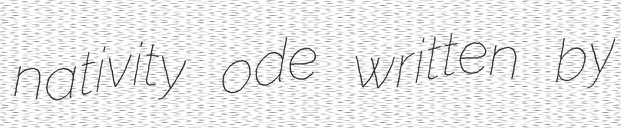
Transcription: nativity ode written by